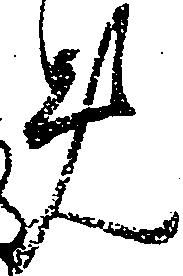
め